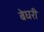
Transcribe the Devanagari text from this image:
बेघरी